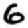
Digit: 6